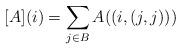
LaTeX: \begin{align*}[A](i)=\sum_{j\in B} A((i,(j,j)))\end{align*}